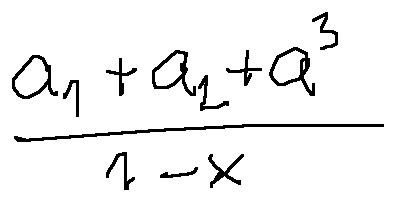
\frac { a _ { 1 } + a _ { 2 } + a ^ { 3 } } { 1 - x }